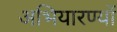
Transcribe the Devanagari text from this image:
अभियारण्यों